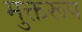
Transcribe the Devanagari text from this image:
मुक्तरूप